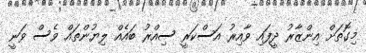
މިގޮތަށް އިންޒާރު ދީފައި ވާއިރު އަސްކަރީ ސިއްރު ބައެއް ލިޔުންތައް ވެސް ވަނީ